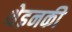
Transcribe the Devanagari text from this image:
थेइनकी